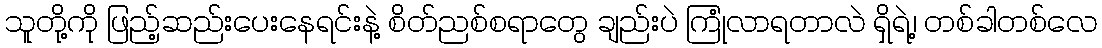
သူတို့ကို ဖြည့်ဆည်းပေးနေရင်းနဲ့ စိတ်ညစ်စရာတွေ ချည်းပဲ ကြုံလာရတာလဲ ရှိရဲ့၊ တစ်ခါတစ်လေ